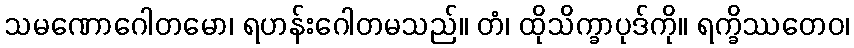
သမဏောဂေါတမော၊ ရဟန်းဂေါတမသည်။ တံ၊ ထိုသိက္ခာပုဒ်ကို။ ရက္ခိဿတေဝ၊